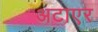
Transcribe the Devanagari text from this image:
अटाएर